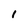
Character: 1